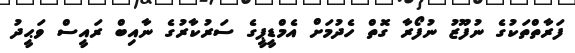
ފަރާތްތަކުގެ ނުފޫޒު ނުފޯރާ ގޮތް ހެދުމަށް އެމްޑީޕީގެ ސަރުކާރުގެ ނާއިބް ރައީސް ވަޙީދު